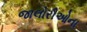
જાલોરીઓના